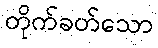
တိုက်ခတ်သော